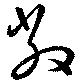
敝